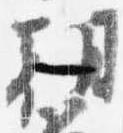
朝